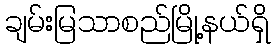
ချမ်းမြသာစည်မြို့နယ်ရှိ